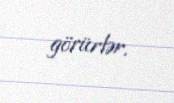
görürlər.